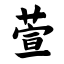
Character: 萱